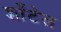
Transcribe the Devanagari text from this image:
शाँटेल